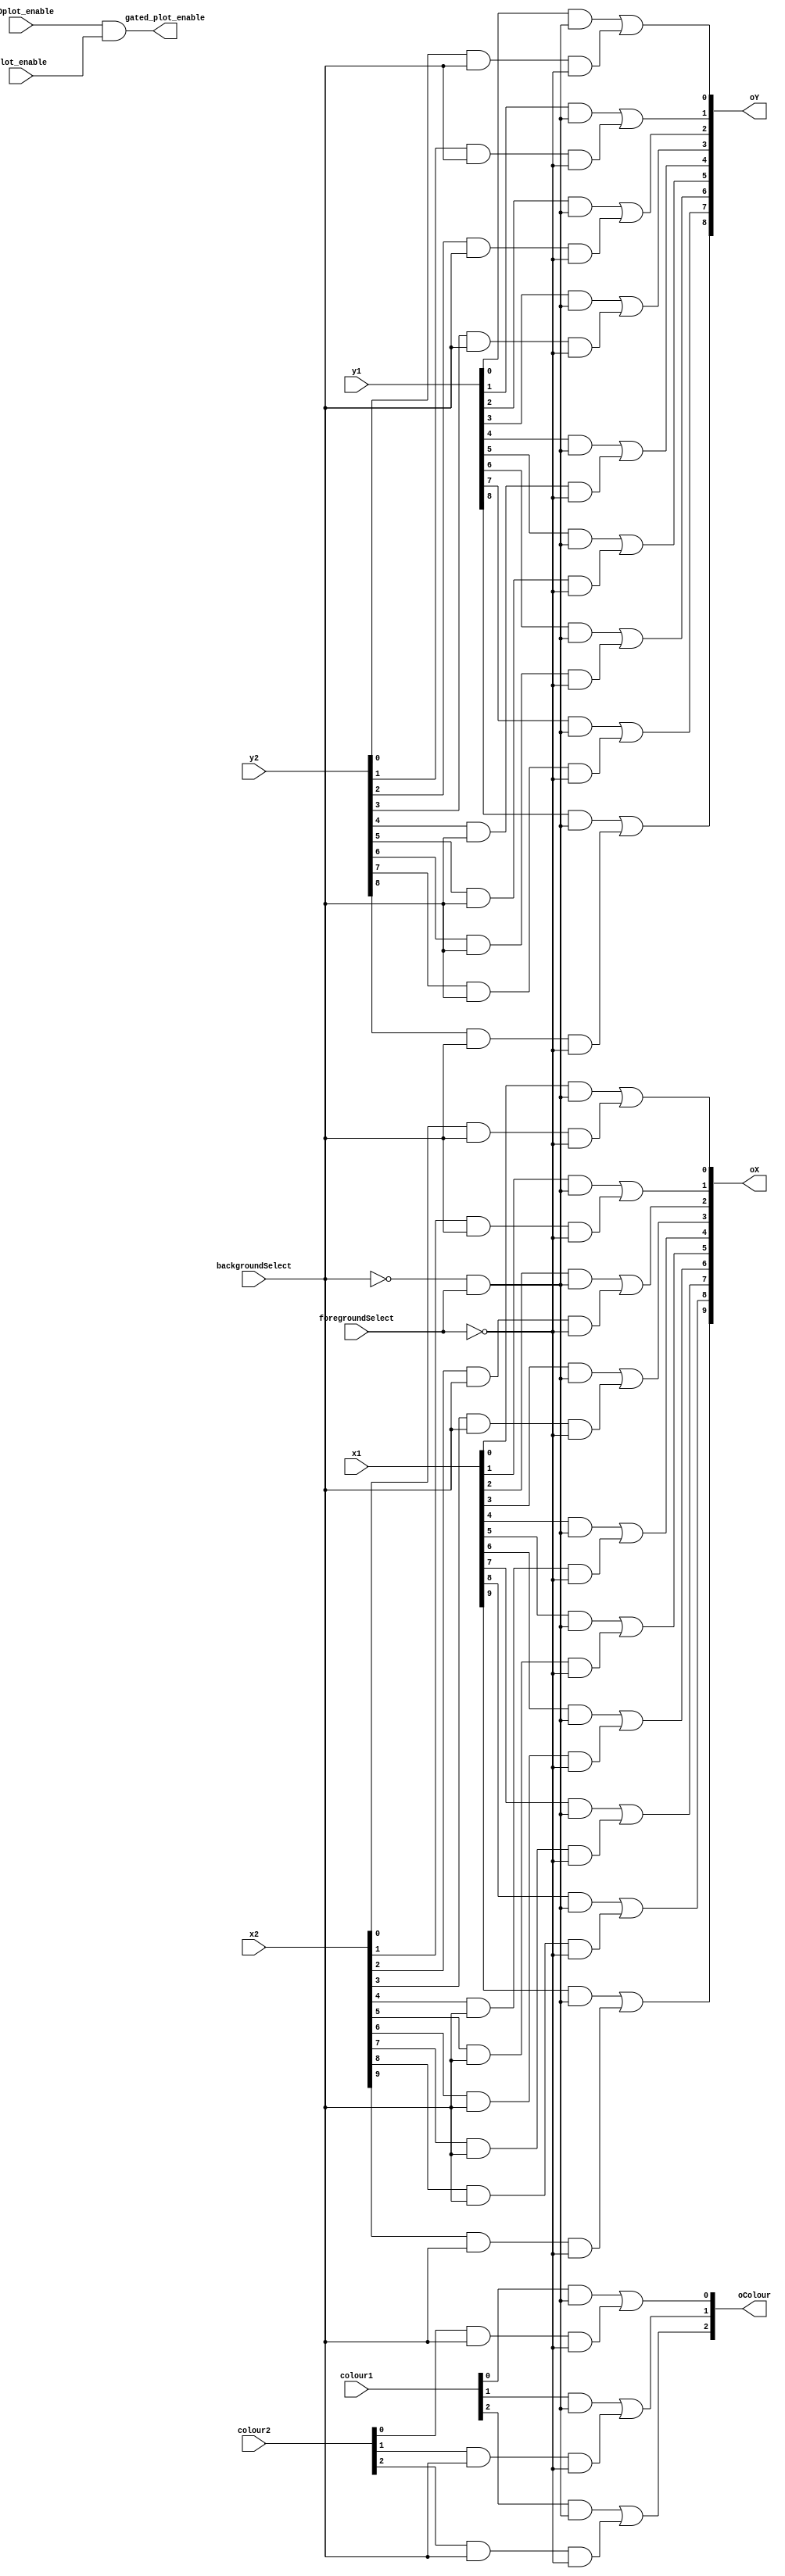


//expecting x1,y1,col1 from foregnd, x2,y2,col2 from backgnd. outputs go to VGAmod. mux selected with backgroundsel, foreground sel, and continue. plot_enable fed through & AND'd to allow for ANTIcolour ignore effect
module colourGate(x1, x2, y1, y2, colour1, colour2, oX, oY, oColour, backgroundSelect, foregroundSelect, ANDplot_enable, plot_enable, gated_plot_enable);

    input [9:0] x1, x2;
    input [8:0] y1, y2;
    input [2:0] colour1 , colour2;
    input backgroundSelect, foregroundSelect, ANDplot_enable, plot_enable;

    output [9:0] oX;
    output [8:0] oY;
    output [2:0] oColour;
    output gated_plot_enable;

    assign oX[0] = (x1[0]) & (~backgroundSelect & foregroundSelect) | (x2[0]) & backgroundSelect & ~foregroundSelect;
    assign oY[0] = (y1[0]) & (~backgroundSelect & foregroundSelect) | (y2[0]) & backgroundSelect & ~foregroundSelect;
    assign oColour[0] = colour1[0] & (~backgroundSelect & foregroundSelect) | (colour2[0]) & backgroundSelect & ~foregroundSelect;

    assign oX[1] = (x1[1]) & (~backgroundSelect & foregroundSelect) | (x2[1]) & backgroundSelect & ~foregroundSelect;
    assign oY[1] = (y1[1]) & (~backgroundSelect & foregroundSelect) | (y2[1]) & backgroundSelect & ~foregroundSelect;
    assign oColour[1] = colour1[1] & (~backgroundSelect & foregroundSelect) | (colour2[1]) & backgroundSelect & ~foregroundSelect;

    assign oX[2] = (x1[2]) & (~backgroundSelect & foregroundSelect) | (x2[2]) & backgroundSelect & ~foregroundSelect;
    assign oY[2] = (y1[2]) & (~backgroundSelect & foregroundSelect) | (y2[2]) & backgroundSelect & ~foregroundSelect;
    assign oColour[2] = colour1[2] & (~backgroundSelect & foregroundSelect) | (colour2[2]) & backgroundSelect & ~foregroundSelect;

    assign oX[3] = (x1[3]) & (~backgroundSelect & foregroundSelect) | (x2[3]) & backgroundSelect & ~foregroundSelect;
    assign oY[3] = (y1[3]) & (~backgroundSelect & foregroundSelect) | (y2[3]) & backgroundSelect & ~foregroundSelect;

    assign oX[4] = (x1[4]) & (~backgroundSelect & foregroundSelect) | (x2[4]) & backgroundSelect & ~foregroundSelect;
    assign oY[4] = (y1[4]) & (~backgroundSelect & foregroundSelect) | (y2[4]) & backgroundSelect & ~foregroundSelect;

    assign oX[5] = (x1[5]) & (~backgroundSelect & foregroundSelect) | (x2[5]) & backgroundSelect & ~foregroundSelect;
    assign oY[5] = (y1[5]) & (~backgroundSelect & foregroundSelect) | (y2[5]) & backgroundSelect & ~foregroundSelect;

    assign oX[6] = (x1[6]) & (~backgroundSelect & foregroundSelect) | (x2[6]) & backgroundSelect & ~foregroundSelect;
    assign oY[6] = (y1[6]) & (~backgroundSelect & foregroundSelect) | (y2[6]) & backgroundSelect & ~foregroundSelect;

    assign oX[7] = (x1[7]) & (~backgroundSelect & foregroundSelect) | (x2[7]) & backgroundSelect & ~foregroundSelect;
    assign oY[7] = (y1[7]) & (~backgroundSelect & foregroundSelect) | (y2[7]) & backgroundSelect & ~foregroundSelect;

    assign oX[8] = (x1[8]) & (~backgroundSelect & foregroundSelect) | (x2[8]) & backgroundSelect & ~foregroundSelect;
    assign oY[8] = (y1[8]) & (~backgroundSelect & foregroundSelect) | (y2[8]) & backgroundSelect & ~foregroundSelect;

    assign oX[9] = (x1[9]) & (~backgroundSelect & foregroundSelect) | (x2[9]) & backgroundSelect & ~foregroundSelect;

    assign gated_plot_enable = ANDplot_enable & plot_enable;

endmodule